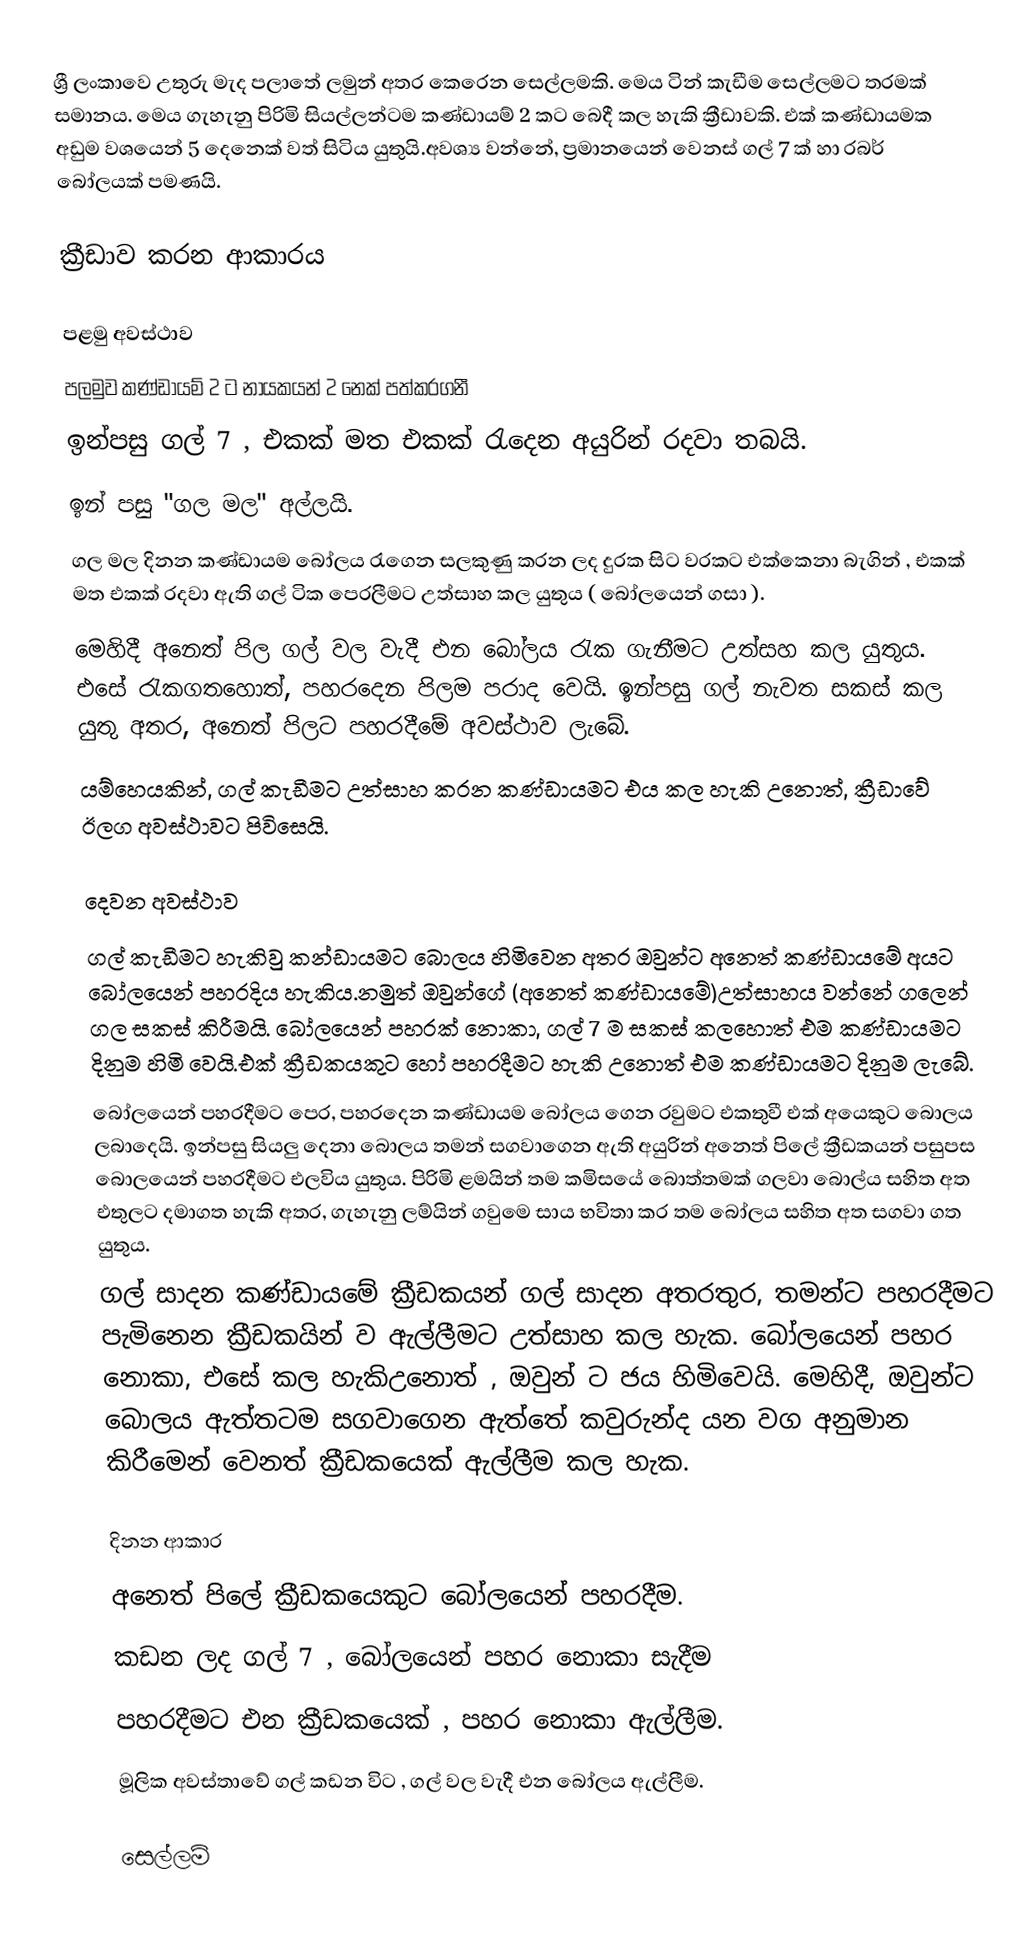
ශ්‍රී ලංකාවෙ උතුරු මැද පලාතේ ලමුන් අතර කෙරෙන සෙල්ලමකි. මෙය ටින් කැඩීම සෙල්ලමට තරමක් සමානය. මෙය ගැහැනු පිරිමි සියල්ලන්ටම කණ්ඩායම් 2 කට බෙදී කල හැකි ක්‍රීඩාවකි. එක් කණ්ඩායමක අඩුම වශයෙන් 5 දෙනෙක් වත් සිටිය යුතුයි.අවශ්‍ය වන්නේ, ප්‍රමානයෙන් වෙනස් ගල් 7 ක් හා රබර් බෝලයක් පමණයි.

ක්‍රීඩාව කරන ආකාරය

පළමු අවස්ථාව
 පලමුව කණ්ඩායම් 2 ට නායකයන් 2 නෙක් පත්කරගනී
 ඉන්පසු ගල් 7 , එකක් මත එකක් රැදෙන අයුරින් රදවා තබයි.
 ඉන් පසු "ගල මල" අල්ලයි.
 ගල මල දිනන කණ්ඩායම බෝලය රැගෙන සලකුණු කරන ලද දුරක සිට වරකට එක්කෙනා බැගින් , එකක් මත එකක් රදවා ඇති ගල් ටික පෙරලීමට උත්සාහ කල යුතුය ( බෝලයෙන් ගසා ).
 මෙහිදී අනෙත් පිල ගල් වල වැදී එන බෝලය රැක ගැනීමට උත්සහ කල යුතුය. එසේ රැකගතහොත්, පහරදෙන පිලම පරාද වෙයි. ඉන්පසු ගල් නැවත සකස් කල යුතු අතර, අනෙත් පිලට පහරදීමේ අවස්ථාව ලැබේ.
යම්හෙයකින්, ගල් කැඩීමට උත්සාහ කරන කණ්ඩායමට එය කල හැකි උනොත්, ක්‍රීඩාවේ ඊලග අවස්ථාවට පිවිසෙයි.

දෙවන අවස්ථාව
 ගල් කැඩීමට හැකිවු කන්ඩායමට බොලය හිමිවෙන අතර ඔවුන්ට අනෙත් කණ්ඩායමේ අයට බෝලයෙන් පහරදිය හැකිය.නමුත් ඔවුන්ගේ (අනෙත් කණ්ඩායමේ)උත්සාහය වන්නේ ගලෙන් ගල සකස් කිරීමයි. බෝලයෙන් පහරක් නොකා, ගල් 7 ම සකස් කලහොත් එම කණ්ඩායමට දිනුම හිමි වෙයි.එක් ක්‍රීඩකයකුට හෝ පහරදීමට හැකි උනොත් එම කණ්ඩායමට දිනුම ලැබේ.
බෝලයෙන් පහරදීමට පෙර, පහරදෙන කණ්ඩායම බෝලය ගෙන රවුමට එකතුවී එක් අයෙකුට බොලය ලබාදෙයි. ඉන්පසු සියලු දෙනා බොලය තමන් සගවාගෙන ඇති අයුරින් අනෙත් පිලේ ක්‍රීඩකයන් පසුපස බොලයෙන් පහරදීමට එලවිය යුතුය. පිරිමි ළමයින් තම කමිසයේ බොත්තමක් ගලවා බොල්ය සහිත අත එතුලට දමාගත හැකි අතර, ගැහැනු ලම්යින් ගවුමෙ සාය භවිතා කර තම බෝලය සහිත අත සගවා ගත යුතුය.
ගල් සාදන කණ්ඩායමේ ක්‍රීඩකයන් ගල් සාදන අතරතුර, තමන්ට පහරදීමට පැමිනෙන ක්‍රීඩකයින් ව ඇල්ලීමට උත්සාහ කල හැක. බෝලයෙන් පහර නොකා, එසේ කල හැකිඋනොත් , ඔවුන් ට ජය හිමිවෙයි. මෙහිදී, ඔවුන්ට බොලය ඇත්තටම සගවාගෙන ඇත්තේ කවුරුන්ද යන වග අනුමාන කිරීමෙන් වෙනත් ක්‍රීඩකයෙක් ඇල්ලීම කල හැක.

දිනන ආකාර
 අනෙත් පිලේ ක්‍රීඩකයෙකුට  බෝලයෙන් පහරදීම.
 කඩන ලද ගල් 7 , බෝලයෙන් පහර නොකා සැදීම
 පහරදීමට එන ක්‍රීඩකයෙක් , පහර නොකා ඇල්ලීම.
මූලික අවස්තාවේ ගල් කඩන විට , ගල් වල වැදී එන බෝලය ඇල්ලීම.

සෙල්ලම්